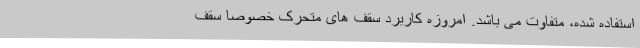
استفاده شده، متفاوت می باشد. امروزه کاربرد سقف های متحرک خصوصا سقف